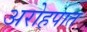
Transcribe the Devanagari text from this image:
अरोहपात